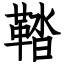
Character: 鞜